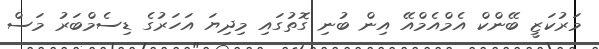
މަރުކަޒީ ބޭންކް އެމްއެމްއޭ އިން ބުނި ގޮތުގައި މިދިޔަ އަހަރުގެ ޑިސެމްބަރު މަސް